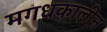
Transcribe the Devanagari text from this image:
मगधकालीन